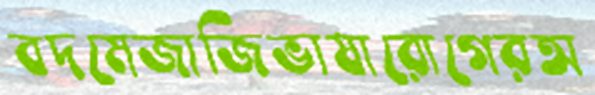
বদমেজাজিভাষারোগেরঅ